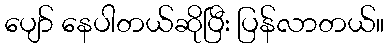
ပျော် နေပါတယ်ဆိုပြီး ပြန်လာတယ်။